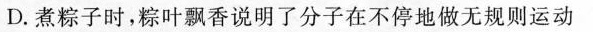
D.煮粽子时，粽叶飘香说明了分子在不停地做无规则运动